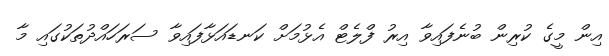
އިން މީގެ ކުރިން ބުނެފައިވާ އިރު ފްލެޓް އެޅުމަށް ކަނޑައަޅާފައިވާ ސަރަހައްދުތަކުގައި މާ